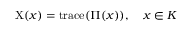
\mathrm { X } ( x ) = \operatorname { t r a c e } ( \Pi ( x ) ) , \quad x \in K